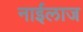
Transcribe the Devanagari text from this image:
नाईलाज